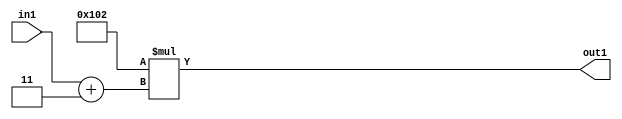
`timescale 1ps / 1ps
/*****************************************************************************
    Verilog RTL Description
    
    
    Created by: Stratus DpOpt 2019.1.01 
*******************************************************************************/

module DC_Filter_Mul2i258Add2i3u2_4 (
	in1,
	out1
	); /* architecture "behavioural" */ 
input [1:0] in1;
output [11:0] out1;
wire [11:0] asc001;
wire [2:0] asc002;

assign asc002 = 
	+(in1)
	+(3'B011);

assign asc001 = 
	+(12'B000100000010 * asc002);

assign out1 = asc001;
endmodule

/* CADENCE  ubb0TQw= : u9/ySgnWtBlWxVPRXgAZ4Og= ** DO NOT EDIT THIS LINE ******/